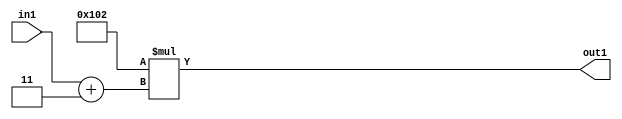
`timescale 1ps / 1ps
/*****************************************************************************
    Verilog RTL Description
    
    
    Created by: Stratus DpOpt 2019.1.01 
*******************************************************************************/

module DC_Filter_Mul2i258Add2i3u2_4 (
	in1,
	out1
	); /* architecture "behavioural" */ 
input [1:0] in1;
output [11:0] out1;
wire [11:0] asc001;
wire [2:0] asc002;

assign asc002 = 
	+(in1)
	+(3'B011);

assign asc001 = 
	+(12'B000100000010 * asc002);

assign out1 = asc001;
endmodule

/* CADENCE  ubb0TQw= : u9/ySgnWtBlWxVPRXgAZ4Og= ** DO NOT EDIT THIS LINE ******/